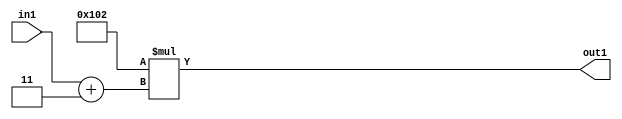
`timescale 1ps / 1ps
/*****************************************************************************
    Verilog RTL Description
    
    
    Created by: Stratus DpOpt 2019.1.01 
*******************************************************************************/

module DC_Filter_Mul2i258Add2i3u2_4 (
	in1,
	out1
	); /* architecture "behavioural" */ 
input [1:0] in1;
output [11:0] out1;
wire [11:0] asc001;
wire [2:0] asc002;

assign asc002 = 
	+(in1)
	+(3'B011);

assign asc001 = 
	+(12'B000100000010 * asc002);

assign out1 = asc001;
endmodule

/* CADENCE  ubb0TQw= : u9/ySgnWtBlWxVPRXgAZ4Og= ** DO NOT EDIT THIS LINE ******/